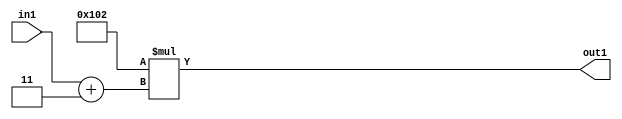
`timescale 1ps / 1ps
/*****************************************************************************
    Verilog RTL Description
    
    
    Created by: Stratus DpOpt 2019.1.01 
*******************************************************************************/

module DC_Filter_Mul2i258Add2i3u2_4 (
	in1,
	out1
	); /* architecture "behavioural" */ 
input [1:0] in1;
output [11:0] out1;
wire [11:0] asc001;
wire [2:0] asc002;

assign asc002 = 
	+(in1)
	+(3'B011);

assign asc001 = 
	+(12'B000100000010 * asc002);

assign out1 = asc001;
endmodule

/* CADENCE  ubb0TQw= : u9/ySgnWtBlWxVPRXgAZ4Og= ** DO NOT EDIT THIS LINE ******/